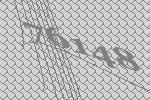
76148